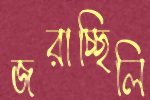
জরাচ্ছিলি